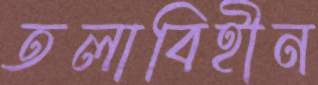
তলাবিহীন